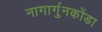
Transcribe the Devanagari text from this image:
नागार्गुनकोंडा